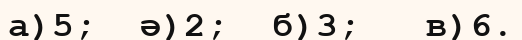
а)5;  ә)2;  б)3;   в)6.